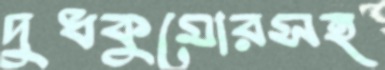
দুধকুমোরসহ